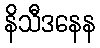
နိသီဒနေန